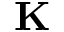
\mathbf K